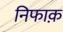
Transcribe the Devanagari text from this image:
निफाक़